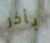
بأخر